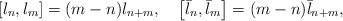
\begin{align*}\left[ l_n, l_m \right]=(m-n) l_{n+m}, \,\,\,\,\,\,\left[ \bar{l}_n, \bar{l}_m \right]=(m-n) \bar{l}_{n+m},\end{align*}